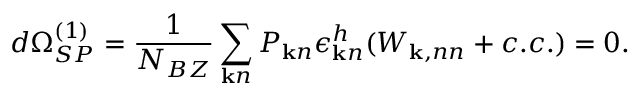
d \Omega _ { S P } ^ { ( 1 ) } = \frac { 1 } { N _ { B Z } } \sum _ { { \bf k } n } P _ { { \bf k } n } \epsilon _ { { \bf k } n } ^ { h } ( W _ { { \bf k } , n n } + c . c . ) = 0 .